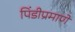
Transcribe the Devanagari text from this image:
पिंडीप्रमाणे